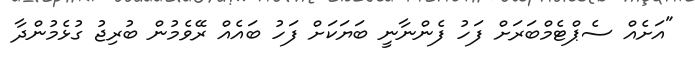
"އަށެއް ސެޕްޓެމްބަރަށް ފަހު ފެންނާނީ ބަޔަކަށް ފަހު ބައެއް ރޭވެމުން ބުރިޖު ގުޅެމުންދާ